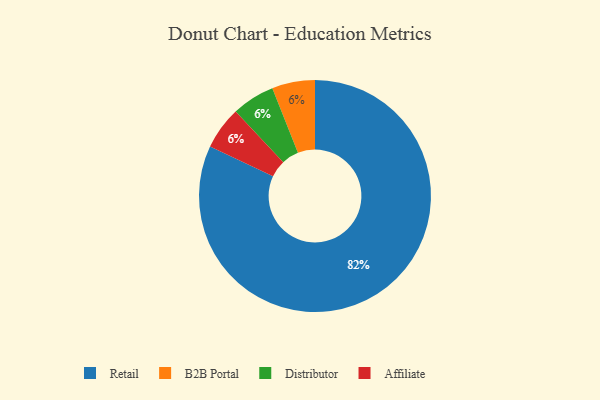
{"axis": {"x": "Category", "y": "Percentage"}, "legend": ["Affiliate", "B2B Portal", "Distributor", "Retail"], "data": [{"x": "Retail", "y": 82, "type": "Retail"}, {"x": "B2B Portal", "y": 6, "type": "B2B Portal"}, {"x": "Distributor", "y": 6, "type": "Distributor"}, {"x": "Affiliate", "y": 6, "type": "Affiliate"}]}